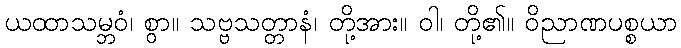
ယထာသမ္ဘဝံ၊ စွာ။ သဗ္ဗသတ္တာနံ၊ တို့အား။ ဝါ၊ တို့၏။ ဝိညာဏပစ္စယာ